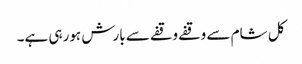
کل شام سے وقفے وقفے سے بارش ہورہی ہے۔